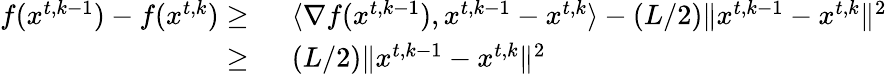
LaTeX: \begin{array}{rl}{f({x}^{t,k-1})-f({x}^{t,k})\ge\ }&{\langle\nabla f({x}^{t,k-1}),{x}^{t,k-1}-{x}^{t,k}\rangle-(L/2)\| {x}^{t,k-1}-{x}^{t,k}\| ^{2}}\\ {\ge\ }&{(L/2)\| {x}^{t,k-1}-{x}^{t,k}\| ^{2}}\end{array}